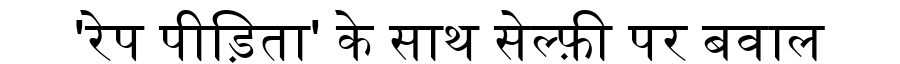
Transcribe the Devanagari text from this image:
'रेप पीड़िता' के साथ सेल्फ़ी पर बवाल